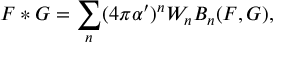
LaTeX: F * G = \sum _ { n } ( 4 \pi \alpha ^ { \prime } ) ^ { n } W _ { n } B _ { n } ( F , G ) ,